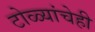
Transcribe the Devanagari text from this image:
टोळ्यांचेही